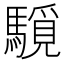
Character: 䮭